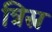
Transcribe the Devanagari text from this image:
त्रिस्न